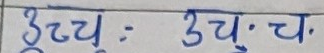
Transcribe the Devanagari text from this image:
उच्च. उच्च.च.